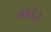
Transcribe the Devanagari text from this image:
७७६२